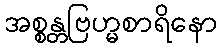
အစ္စန္တဗြဟ္မစာရိနော